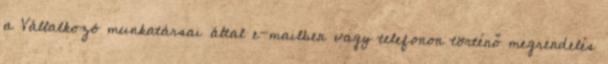
a Vállalkozó munkatársai által e-mailben vagy telefonon történő megrendelés